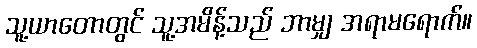
သူ့ယာတောတွင် သူ့အမိန့်သည် ဘာမျှ အရာမရောက်။